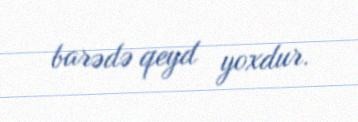
barədə qeyd yoxdur.